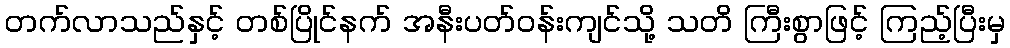
တက်လာသည်နှင့် တစ်ပြိုင်နက် အနီးပတ်ဝန်းကျင်သို့ သတိ ကြီးစွာဖြင့် ကြည့်ပြီးမှ